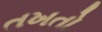
તખતો